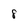
Character: 8